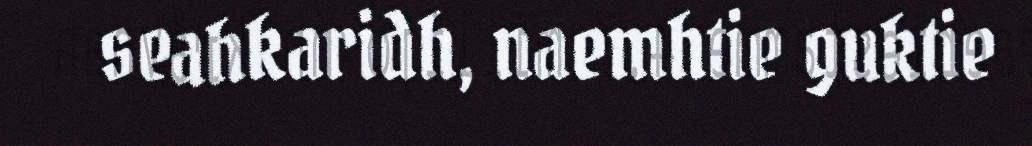
seahkaridh, naemhtie guktie